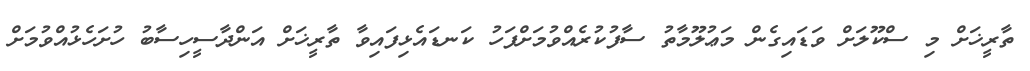
ތާރީޚަށް މި ސްކޫލަށް ވަޑައިގެން މަޢުލޫމާތު ސާފުކުރެއްވުމަށްފަހު ކަނޑައެޅިފައިވާ ތާރީޚަށް އަންދާސީހިސާބު ހުށަހެޅުއްވުމަށް